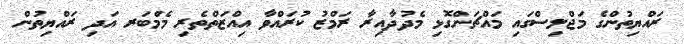
ރައްޔިތުންގެ މަޖްލިސްގައި މައްޗަންގޮޅި މެދުދާއިރާ ރަމްޒު ކުރައްވާ އިއްޒަތްތެރި މެމްބަރ އަދި ރައްޔިތުން